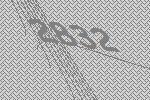
2832